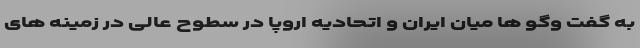
به گفت وگو ها میان ایران و اتحادیه اروپا در سطوح عالی در زمینه های